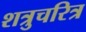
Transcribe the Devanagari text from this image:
शत्रुचरित्र